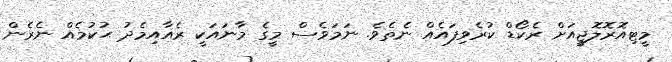
މީޓިއޮރޮލޮޖީއަށް ރެކޯޑް ކުރެވިފައެއް ނެތެވެ. ނަމަވެސް މީގެ މާނައަކީ ރެއާއިމެދު ޙުކުމެއް ނެރެން